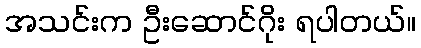
အသင်းက ဦးဆောင်ဂိုး ရပါတယ်။